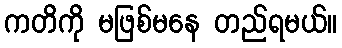
ကတိကို မဖြစ်မနေ တည်ရမယ်။